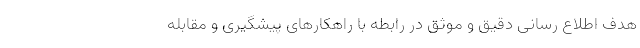
هدف اطلاع رسانی دقیق و موثق در رابطه با راهکارهای پیشگیری و مقابله